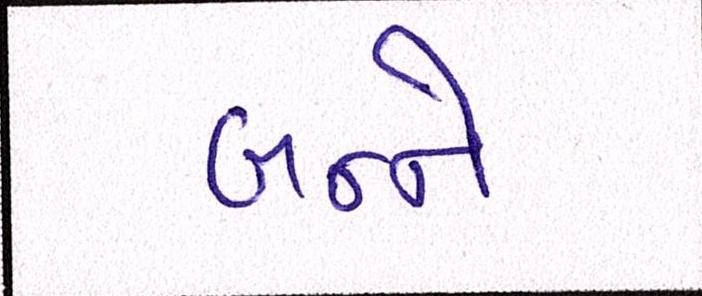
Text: બન્ને